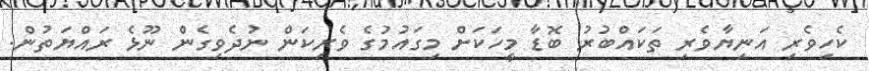
ކެހިވެރި އަނިޔާވެރި ތަކައްބުރު ބޮޑާ މީހަކަށް މިގައުމުގެ ވެރިކަން ނުދެވިގެން ނޫޅެ ރައްޔަތުން.